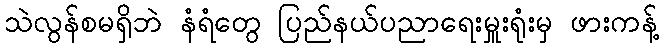
သဲလွန်စမရှိဘဲ နံရံတွေ ပြည်နယ်ပညာရေးမှူးရုံးမှ ဖားကန့်